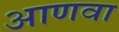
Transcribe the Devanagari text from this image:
आणवा